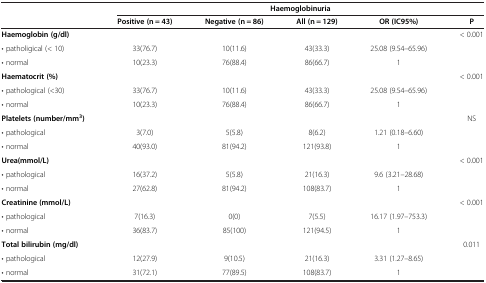
|  | <COLSPAN=5> Haemoglobinuria |
 |  | Positive (n = 43) | Negative (n = 86) | All (n = 129) | OR (IC95%) | P |
 | --- | --- | --- | --- | --- | --- |
 | Haemoglobin (g/dl) |  |  |  |  | < 0.001 |
 | • patholigical (< 10) | 33(76.7) | 10(11.6) | 43(33.3) | 25.08 (9.54–65.96) |  |
 | • normal | 10(23.3) | 76(88.4) | 86(66.7) | 1 |  |
 | Haematocrit (%) |  |  |  |  | < 0.001 |
 | • pathological (<30) | 33(76.7) | 10(11.6) | 43(33.3) | 25.08 (9.54–65.96) |  |
 | • normal | 10(23.3) | 76(88.4) | 86(66.7) | 1 |  |
 | Platelets (number/mm3) |  |  |  |  | NS |
 | • pathological | 3(7.0) | 5(5.8) | 8(6.2) | 1.21 (0.18–6.60) |  |
 | • normal | 40(93.0) | 81(94.2) | 121(93.8) | 1 |  |
 | Urea(mmol/L) |  |  |  |  | < 0.001 |
 | • pathological | 16(37.2) | 5(5.8) | 21(16.3) | 9.6 (3.21–28.68) |  |
 | • normal | 27(62.8) | 81(94.2) | 108(83.7) | 1 |  |
 | Creatinine (mmol/L) |  |  |  |  | < 0.001 |
 | • pathological | 7(16.3) | 0(0) | 7(5.5) | 16.17 (1.97–753.3) |  |
 | • normal | 36(83.7) | 85(100) | 121(94.5) | 1 |  |
 | Total bilirubin (mg/dl) |  |  |  |  | 0.011 |
 | • pathological | 12(27.9) | 9(10.5) | 21(16.3) | 3.31 (1.27–8.65) |  |
 | • normal | 31(72.1) | 77(89.5) | 108(83.7) | 1 |  |